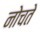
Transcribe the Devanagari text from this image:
नोचते